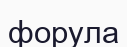
форула